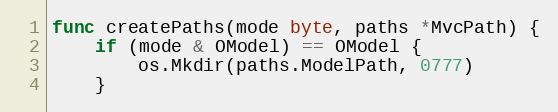
Language: Go
func createPaths(mode byte, paths *MvcPath) {
	if (mode & OModel) == OModel {
		os.Mkdir(paths.ModelPath, 0777)
	}